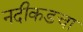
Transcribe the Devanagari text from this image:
नदीकडचा